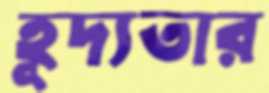
হূদ্যতার